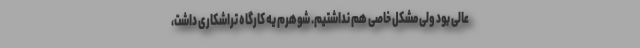
عالی بود ولی مشکل خاصی هم نداشتیم. شوهرم یه کارگاه تراشکاری داشت،